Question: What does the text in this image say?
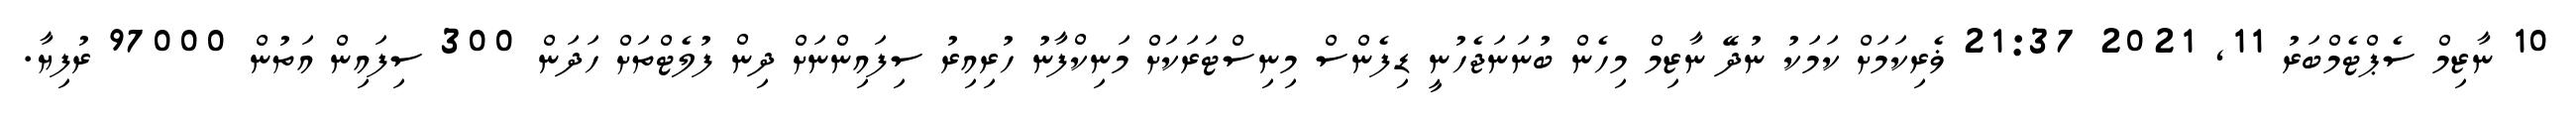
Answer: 10 ނާޒިމް ސެޕްޓެމްބަރު 11, 2021 21:37 ޥެރިކަމަށް ކަމަކު ނުދޭ ނާޒިމް މިހެން ބުނަނަޖެހުނީ ޑިފެންސް މިނިސްޓަރަކަށް މަނިކްފާނު ހުރިއިރު ސިފައިންނަށް ދިން ފުލެޓްތަށް ހަދަން 300 ސިފައިން އަތުން 97000 ރުފިޔާ.